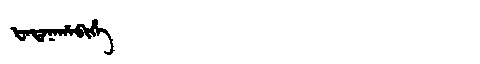
Manchu: ᡶᠠᡨᠠᠨᠠᡥᠠᠪᡳᡥᡝ
Romanization: FATANAHABIHE